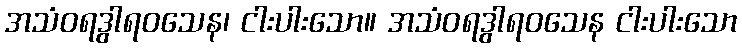
အသံဝရဒွါရဝသေန၊ ငါးပါးသော။ အသံဝရဒွါရဝသေန ငါးပါးသော